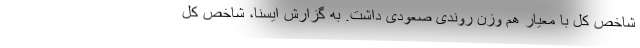
شاخص کل با معیار هم وزن روندی صعودی داشت. به گزارش ایسنا، شاخص کل